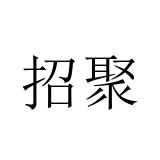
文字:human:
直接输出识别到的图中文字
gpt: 招聚